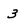
Character: 3